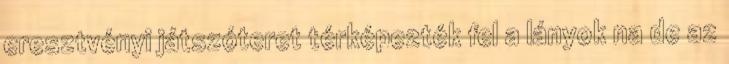
eresztvényi játszóteret térképezték fel a lányok na de az